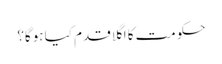
حکومت کا اگلا قدم کیا ہوگا؟